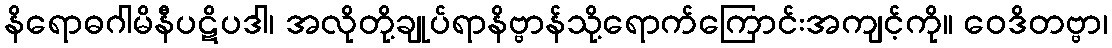
နိရောဓဂါမိနီပဋိပဒါ၊ အလိုတို့ချုပ်ရာနိဗ္ဗာန်သို့ရောက်ကြောင်းအကျင့်ကို။ ဝေဒိတဗ္ဗာ၊